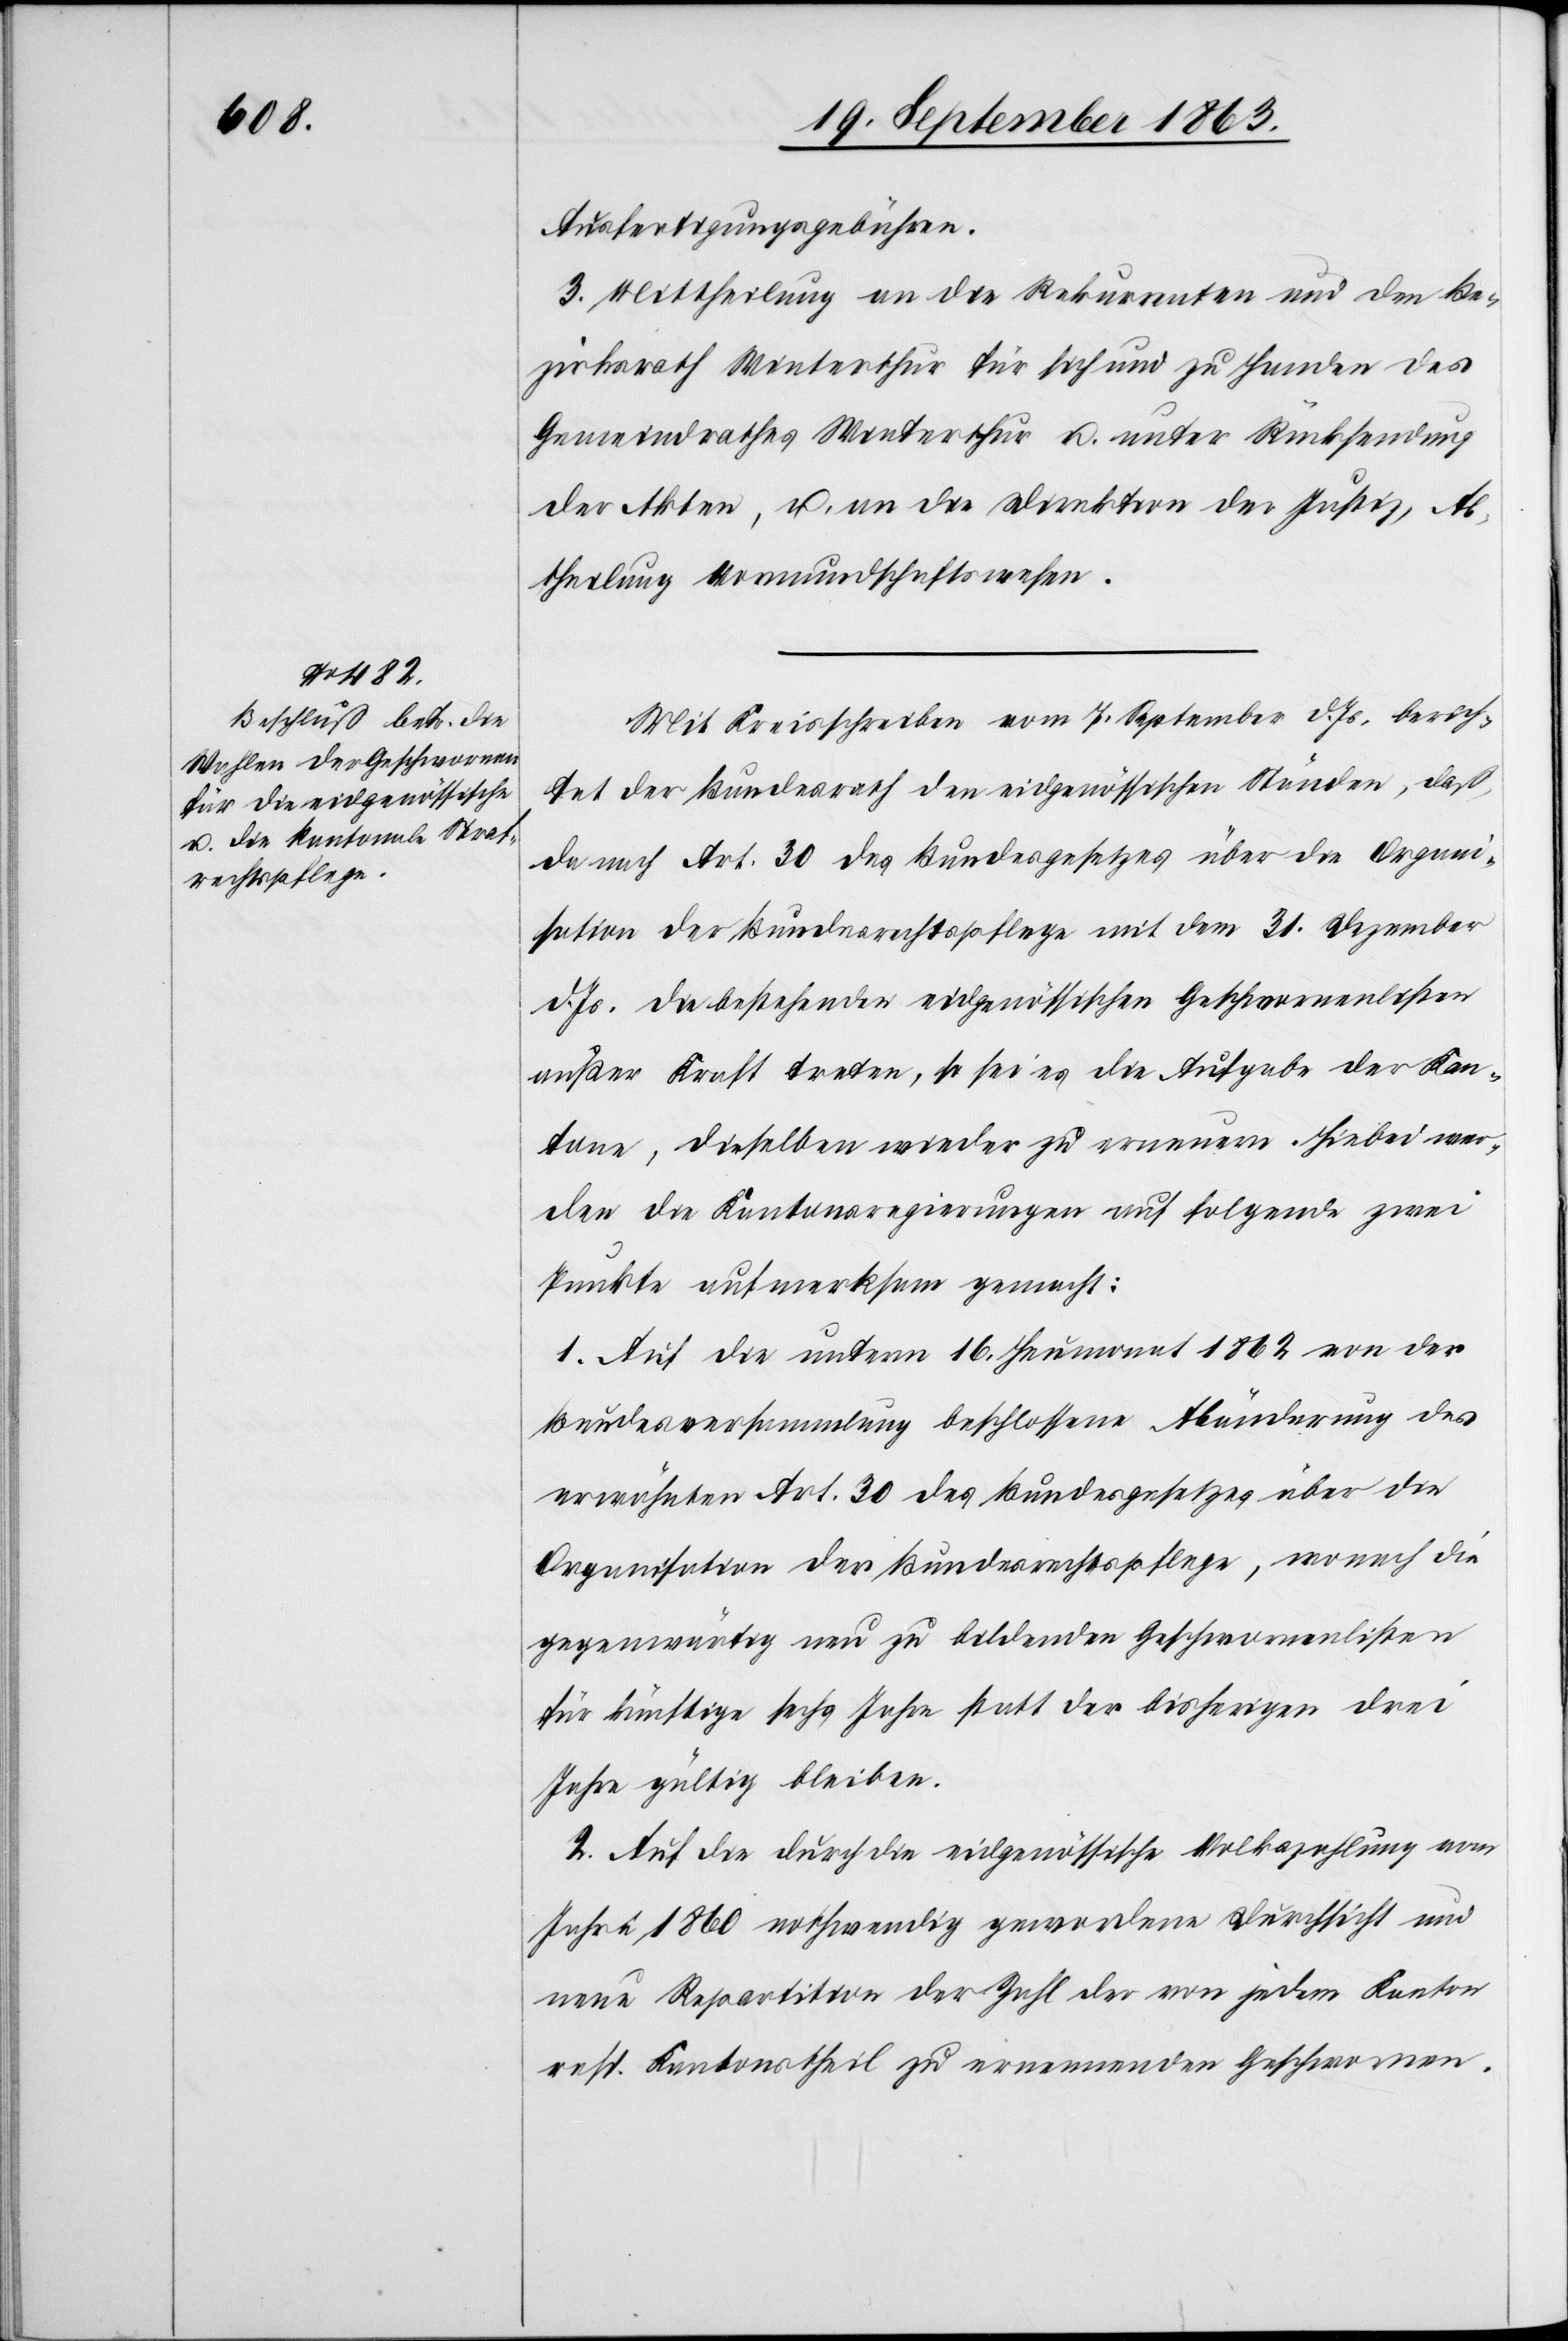
Ausfertigungsgebühren.
3. Mittheilung an die Rekurrenten und den Be¬
zirksrath Winterthur für sich und zu Handen des
Gemeindrathes Winterthur u. unter Rücksendung
der Akten, u. an die Direktion der Justiz, Ab¬
theilung Vormundschaftswesen.
Mit Kreisschreiben vom 7. September d. Js. berich¬
tet der Bundesrath den eidgenössischen Ständen, daß,
da nach Art. 30 des Bundesgesetzes über die Organi¬
sation der Bundesrechtspflege mit dem 31. Dezember
d. Js. die bestehenden eidgenössischen Geschwornenlisten
außer Kraft treten, so sei es die Aufgabe der Kan¬
tone, dieselben wieder zu erneuern. Hiebei wer¬
den die Kantonsregierungen auf folgende zwei
Punkte aufmerksam gemacht:
1. Auf die unterm 16. Heumonat 1862 von der
Bundesversammlung beschlossene Abänderung des
erwähnten Art. 30 des Bundesgesetzes über die
Organisation der Bundesrechtspflege, wonach die
gegenwärtig neu zu bildenden Geschwornenlisten
für künftige sechs Jahre statt der bisherigen drei
Jahre gültig bleiben.
2. Auf die durch die eidgenössische Volkszahlung
Jahre 1860 nothwendig gewordene Durchsicht und
neue Repartition der Zahl der von jedem Kanton
resp. Kantonstheil zu ernennenden Geschwornen.